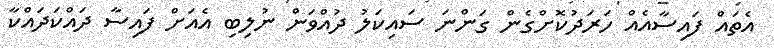
އެތައް ފައިސާއެއް ހަރަދުކޮށްގެން ގަންނަ ސައިކަލު ދުއްވަން ނުލިބި އެއަށް ފައިސާ ދައްކަދައްކާ